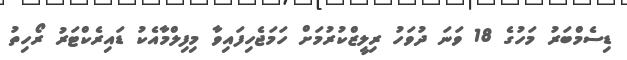
ޑިސެމްބަރު މަހުގެ 18 ވަނަ ދުވަހު ރިލީޒްކުރުމަށް ހަމަޖެހިފައިވާ މިފިލްމާއެކު ޑައިރެކްޓަރު ރޯހިތު